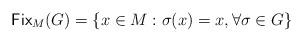
LaTeX: \begin{align*}{\sf Fix}_M(G)=\{x\in M:\sigma (x)=x,\forall \sigma\in G\}\end{align*}